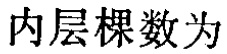
内层棵数为